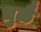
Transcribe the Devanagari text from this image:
धुळै